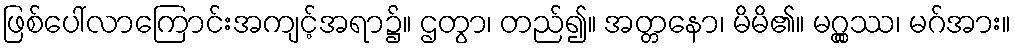
ဖြစ်ပေါ်လာကြောင်းအကျင့်အရာ၌။ ဌတွာ၊ တည်၍။ အတ္တနော၊ မိမိ၏။ မဂ္ဂ္ထဿ၊ မဂ်အား။